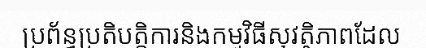
ប្រព័ន្ធប្រតិបត្តិការនិងកម្មវិធីសុវត្ថិភាពដែល